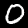
Digit: 0